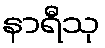
နာရီသု